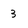
Character: 3